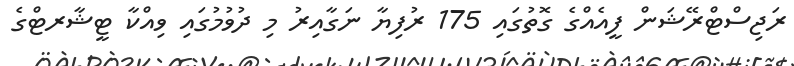
ރަޖިސްޓްރޭޝަން ފީއެއްގެ ގޮތުގައި 175 ރުފިޔާ ނަގާއިރު މި ދުވުމުގައި ވިއްކާ ޓީޝާރޓްގެ